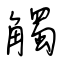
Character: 觸